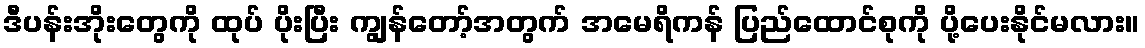
ဒီပန်းအိုးတွေကို ထုပ် ပိုးပြီး ကျွန်တော့်အတွက် အမေရိကန် ပြည်ထောင်စုကို ပို့ပေးနိုင်မလား။